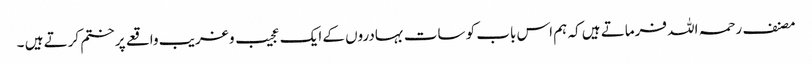
مصنف رحمہ اللہ فرماتے ہیں کہ ہم اس باب کو سات بہادروں کے ایک عجیب و غریب واقعے پر ختم کرتے ہیں ۔